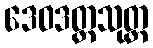
ဒေဝဒတ္တသုတ္တ